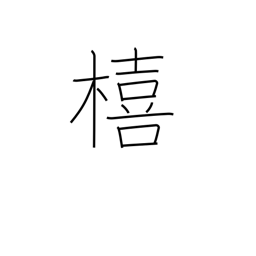
Meaning: Japanese storax